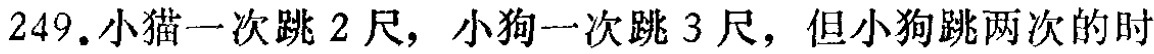
249.小猫一次跳 2 尺，小狗一次跳 3 尺，但小狗跳两次的时